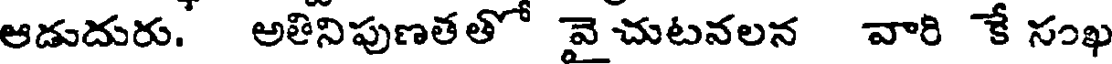
ఆడుదురు. అతినిపుణతతో వై చుటనలన వారి కే సంఖ